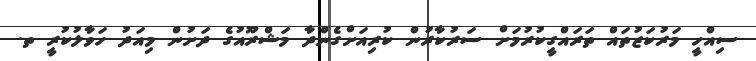
ސިއްހީ މަރުކަޒުތައް ތަރައްގީކުރުމަށް ސަރުކާރުން ކުރިއަށްގެންދާ މަޝްރޫއުގެ ދަށުން މިއަދު ހަވާލުކުރީ ތ.